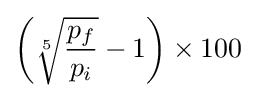
\left({\sqrt[{5}]{\frac {p_{f}}{p_{i}}}}-1\right)\times 100